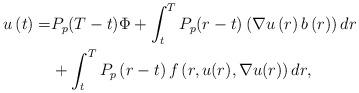
LaTeX: \begin{align*} u\left( t\right) =& P_p(T-t) \Phi+ \int_{t}^{T}P_p (r-t)\left( \nabla u\left( r\right) b\left( r\right)\right) dr\\ &+\int_{t}^{T}P_p\left( r-t\right) f \left(r, u(r) , \nabla u (r) \right)dr,\end{align*}